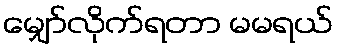
မျှော်လိုက်ရတာ မမရယ်